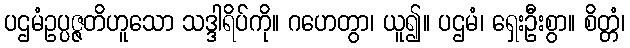
ပဌမံဥပ္ပဇ္ဇတိဟူသော သဒ္ဒါရိပ်ကို။ ဂဟေတွာ၊ ယူ၍။ ပဌမံ၊ ရှေးဦးစွာ။ စိတ္တံ၊